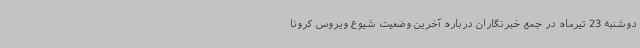
دوشنبه 23 تیرماه در جمع خبرنگاران درباره آخرین وضعیت شیوع ویروس کرونا